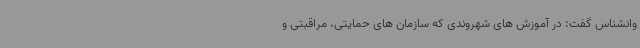
وانشناس گفت: در آموزش های شهروندی که سازمان های حمایتی، مراقبتی و